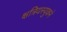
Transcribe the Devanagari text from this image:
क्षत्रियस्युकने